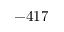
- 4 1 7